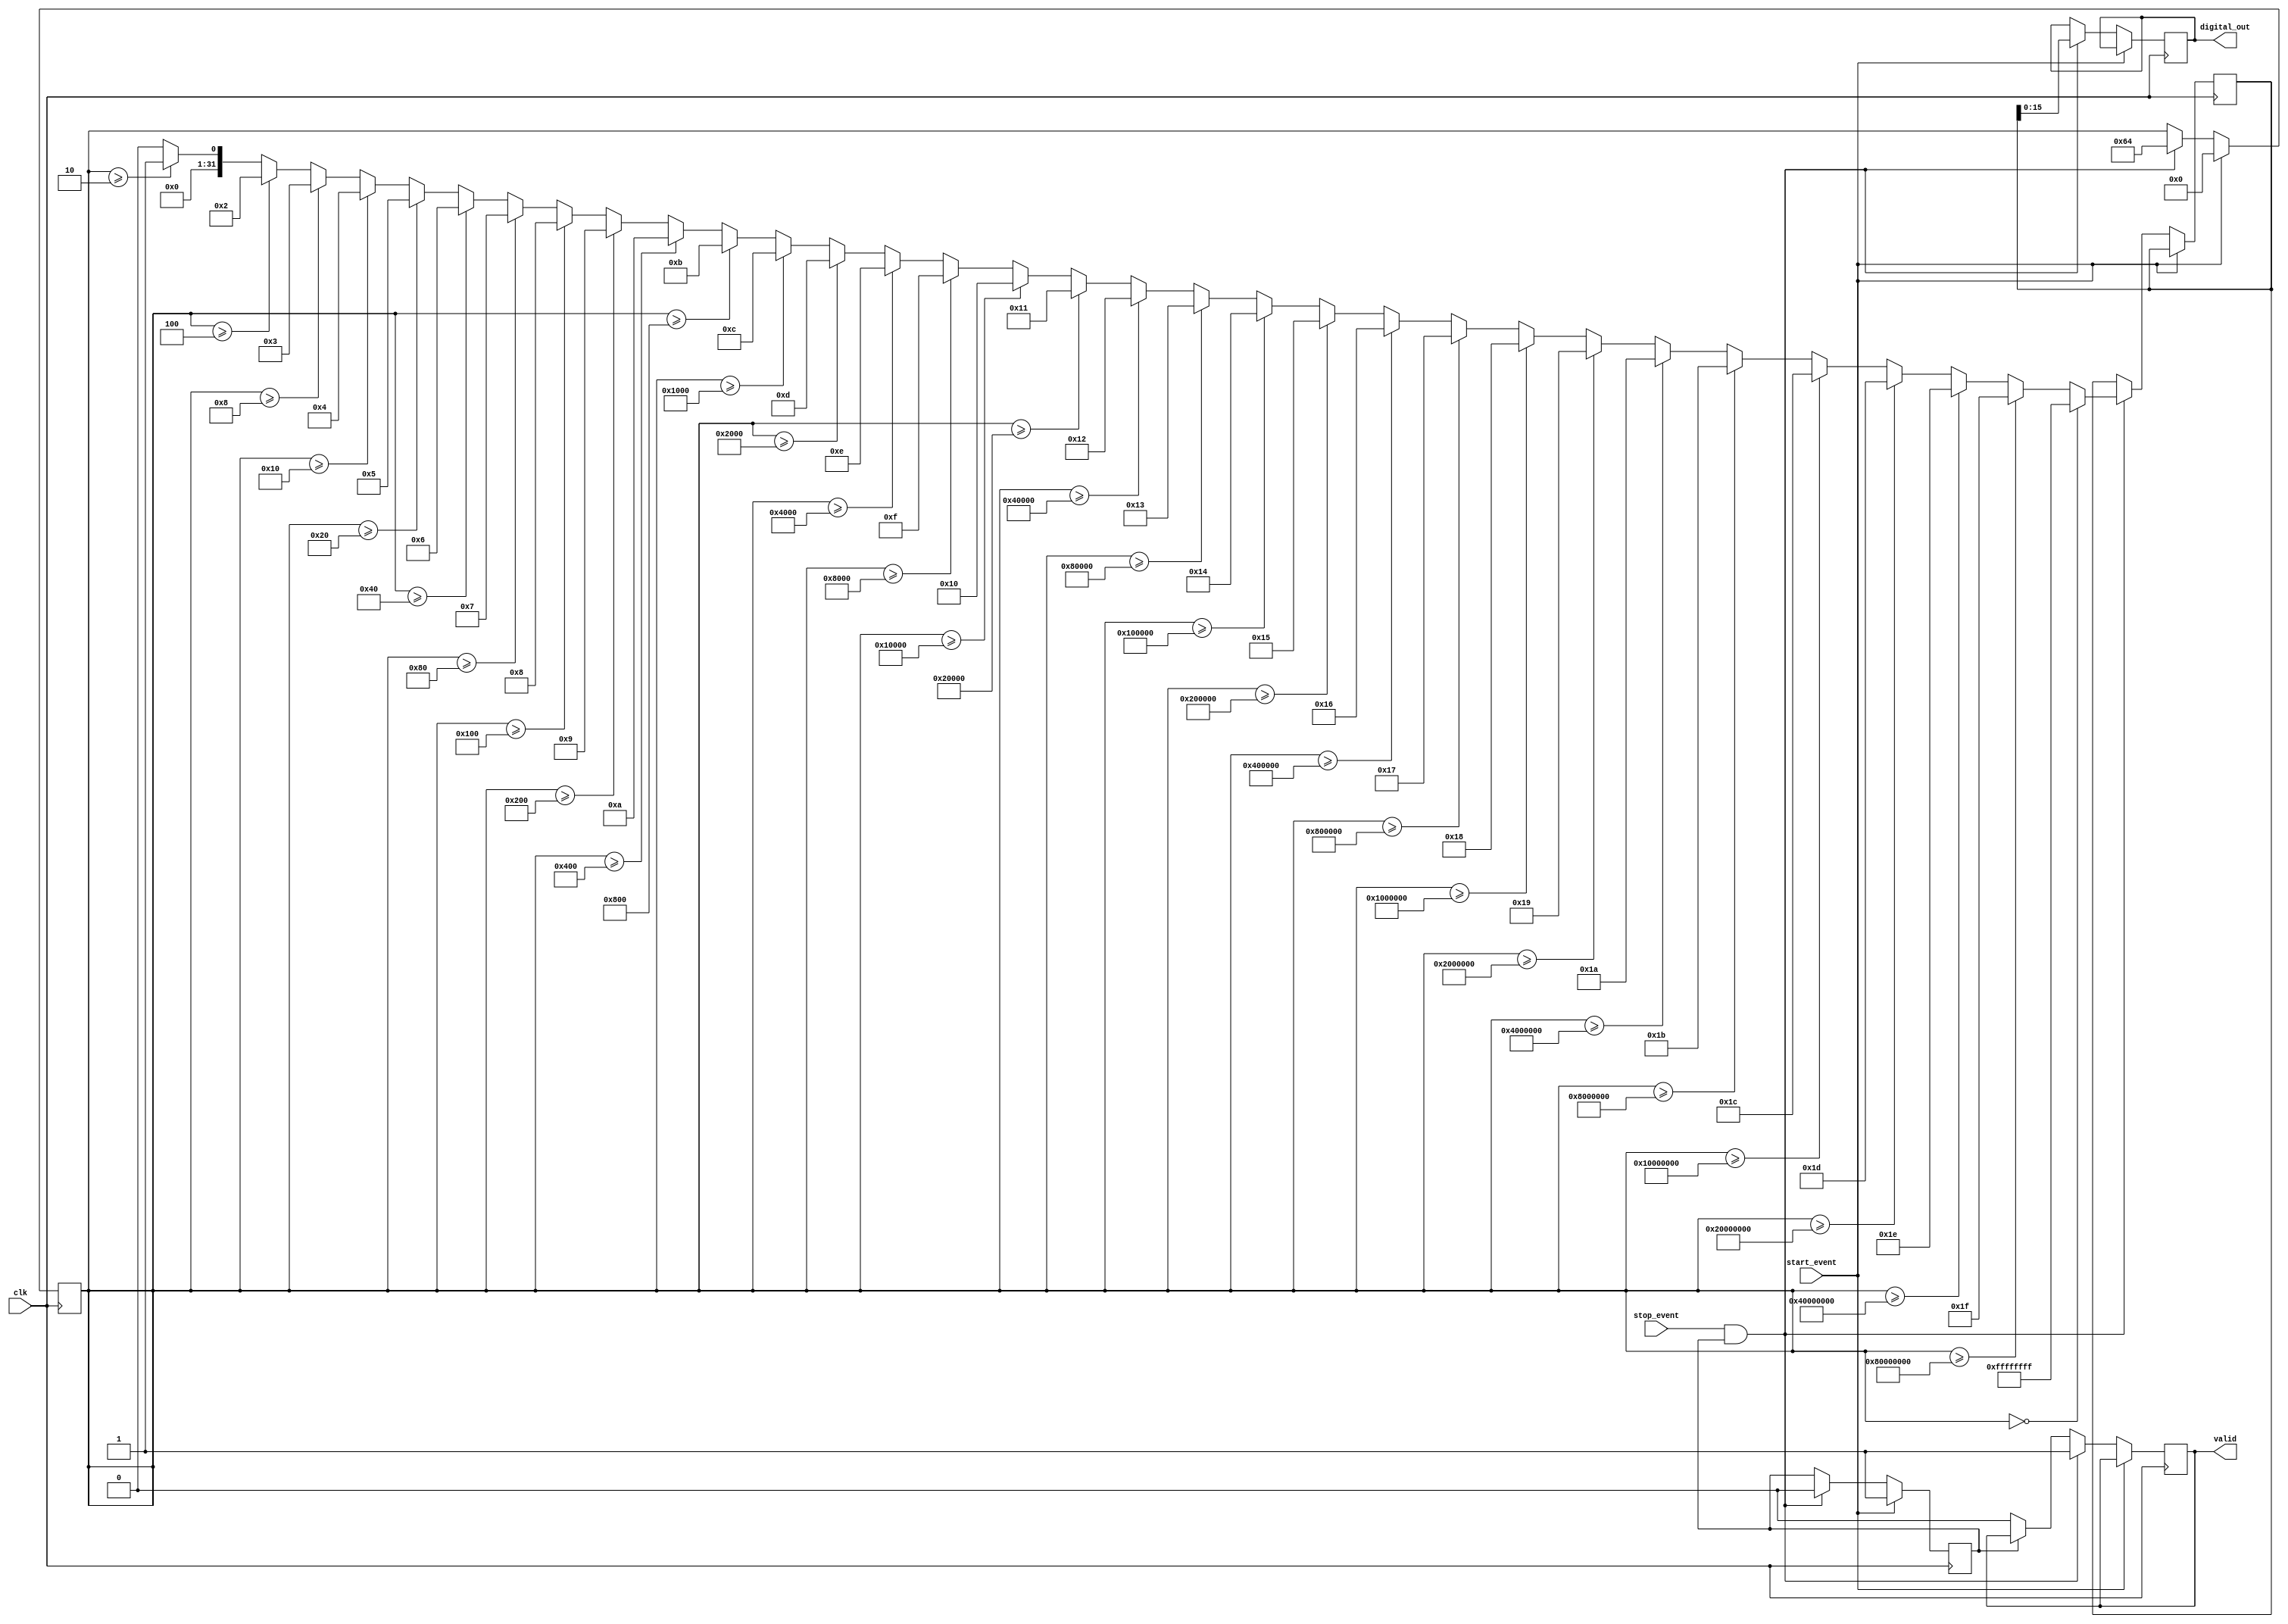
module LogarithmicTDC (
    input wire clk,                // High-frequency clock
    input wire start_event,        // Start event signal
    input wire stop_event,         // Stop event signal
    output reg [15:0] digital_out, // Digital output register
    output reg valid               // Output valid signal
);

    reg [31:0] time_interval;      // Time interval measurement
    reg [31:0] log_value;          // Logarithmic value
    reg capturing;                 // State to indicate capturing time interval

    // Logarithmic function approximation (simple example)
    function [31:0] log2;
        input [31:0] x;
        integer i;
        begin
            if (x == 0) begin
                log2 = 32'hFFFFFFFF; // Log(0) is undefined, return max value
            end else begin
                log2 = 0;
                for (i = 0; i < 32; i = i + 1) begin
                    if (x >= (1 << i)) begin
                        log2 = i;
                    end
                end
            end
        end
    endfunction

    // State machine for capturing time intervals
    always @(posedge clk) begin
        if (start_event) begin
            capturing <= 1'b1;
            time_interval <= 0; // Reset time interval
        end else if (stop_event && capturing) begin
            capturing <= 1'b0;
            // Capture the time interval (for simplicity, assume it is a constant value)
            time_interval <= 100; // Replace with actual time measurement logic
            log_value <= log2(time_interval); // Perform logarithmic conversion
            digital_out <= log_value[15:0]; // Output lower 16 bits of log value
            valid <= 1'b1; // Indicate valid output
        end else if (!capturing) begin
            valid <= 1'b0; // Clear valid signal if not capturing
        end
    end

endmodule